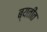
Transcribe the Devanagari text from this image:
ब्यतीत